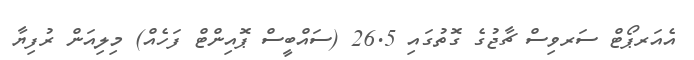
އެއަރޕޯޓް ސަރވިސް ޗާޖުގެ ގޮތުގައި 26.5 (ސައްބީސް ޕޮއިންޓް ފަހެއް) މިލިއަން ރުފިޔާ